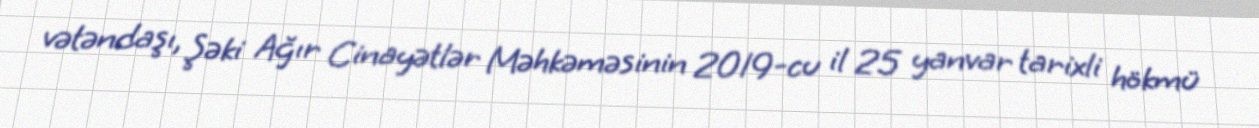
vətəndaşı, Şəki Ağır Cinayətlər Məhkəməsinin 2019-cu il 25 yanvar tarixli hökmü